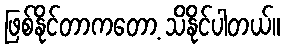
ဖြစ်နိုင်တာကတော့ သိနိုင်ပါတယ်။